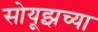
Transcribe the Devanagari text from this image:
सोयूझच्या